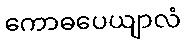
ကောဓပေယျာလံ